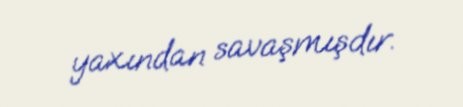
yaxından savaşmışdır.